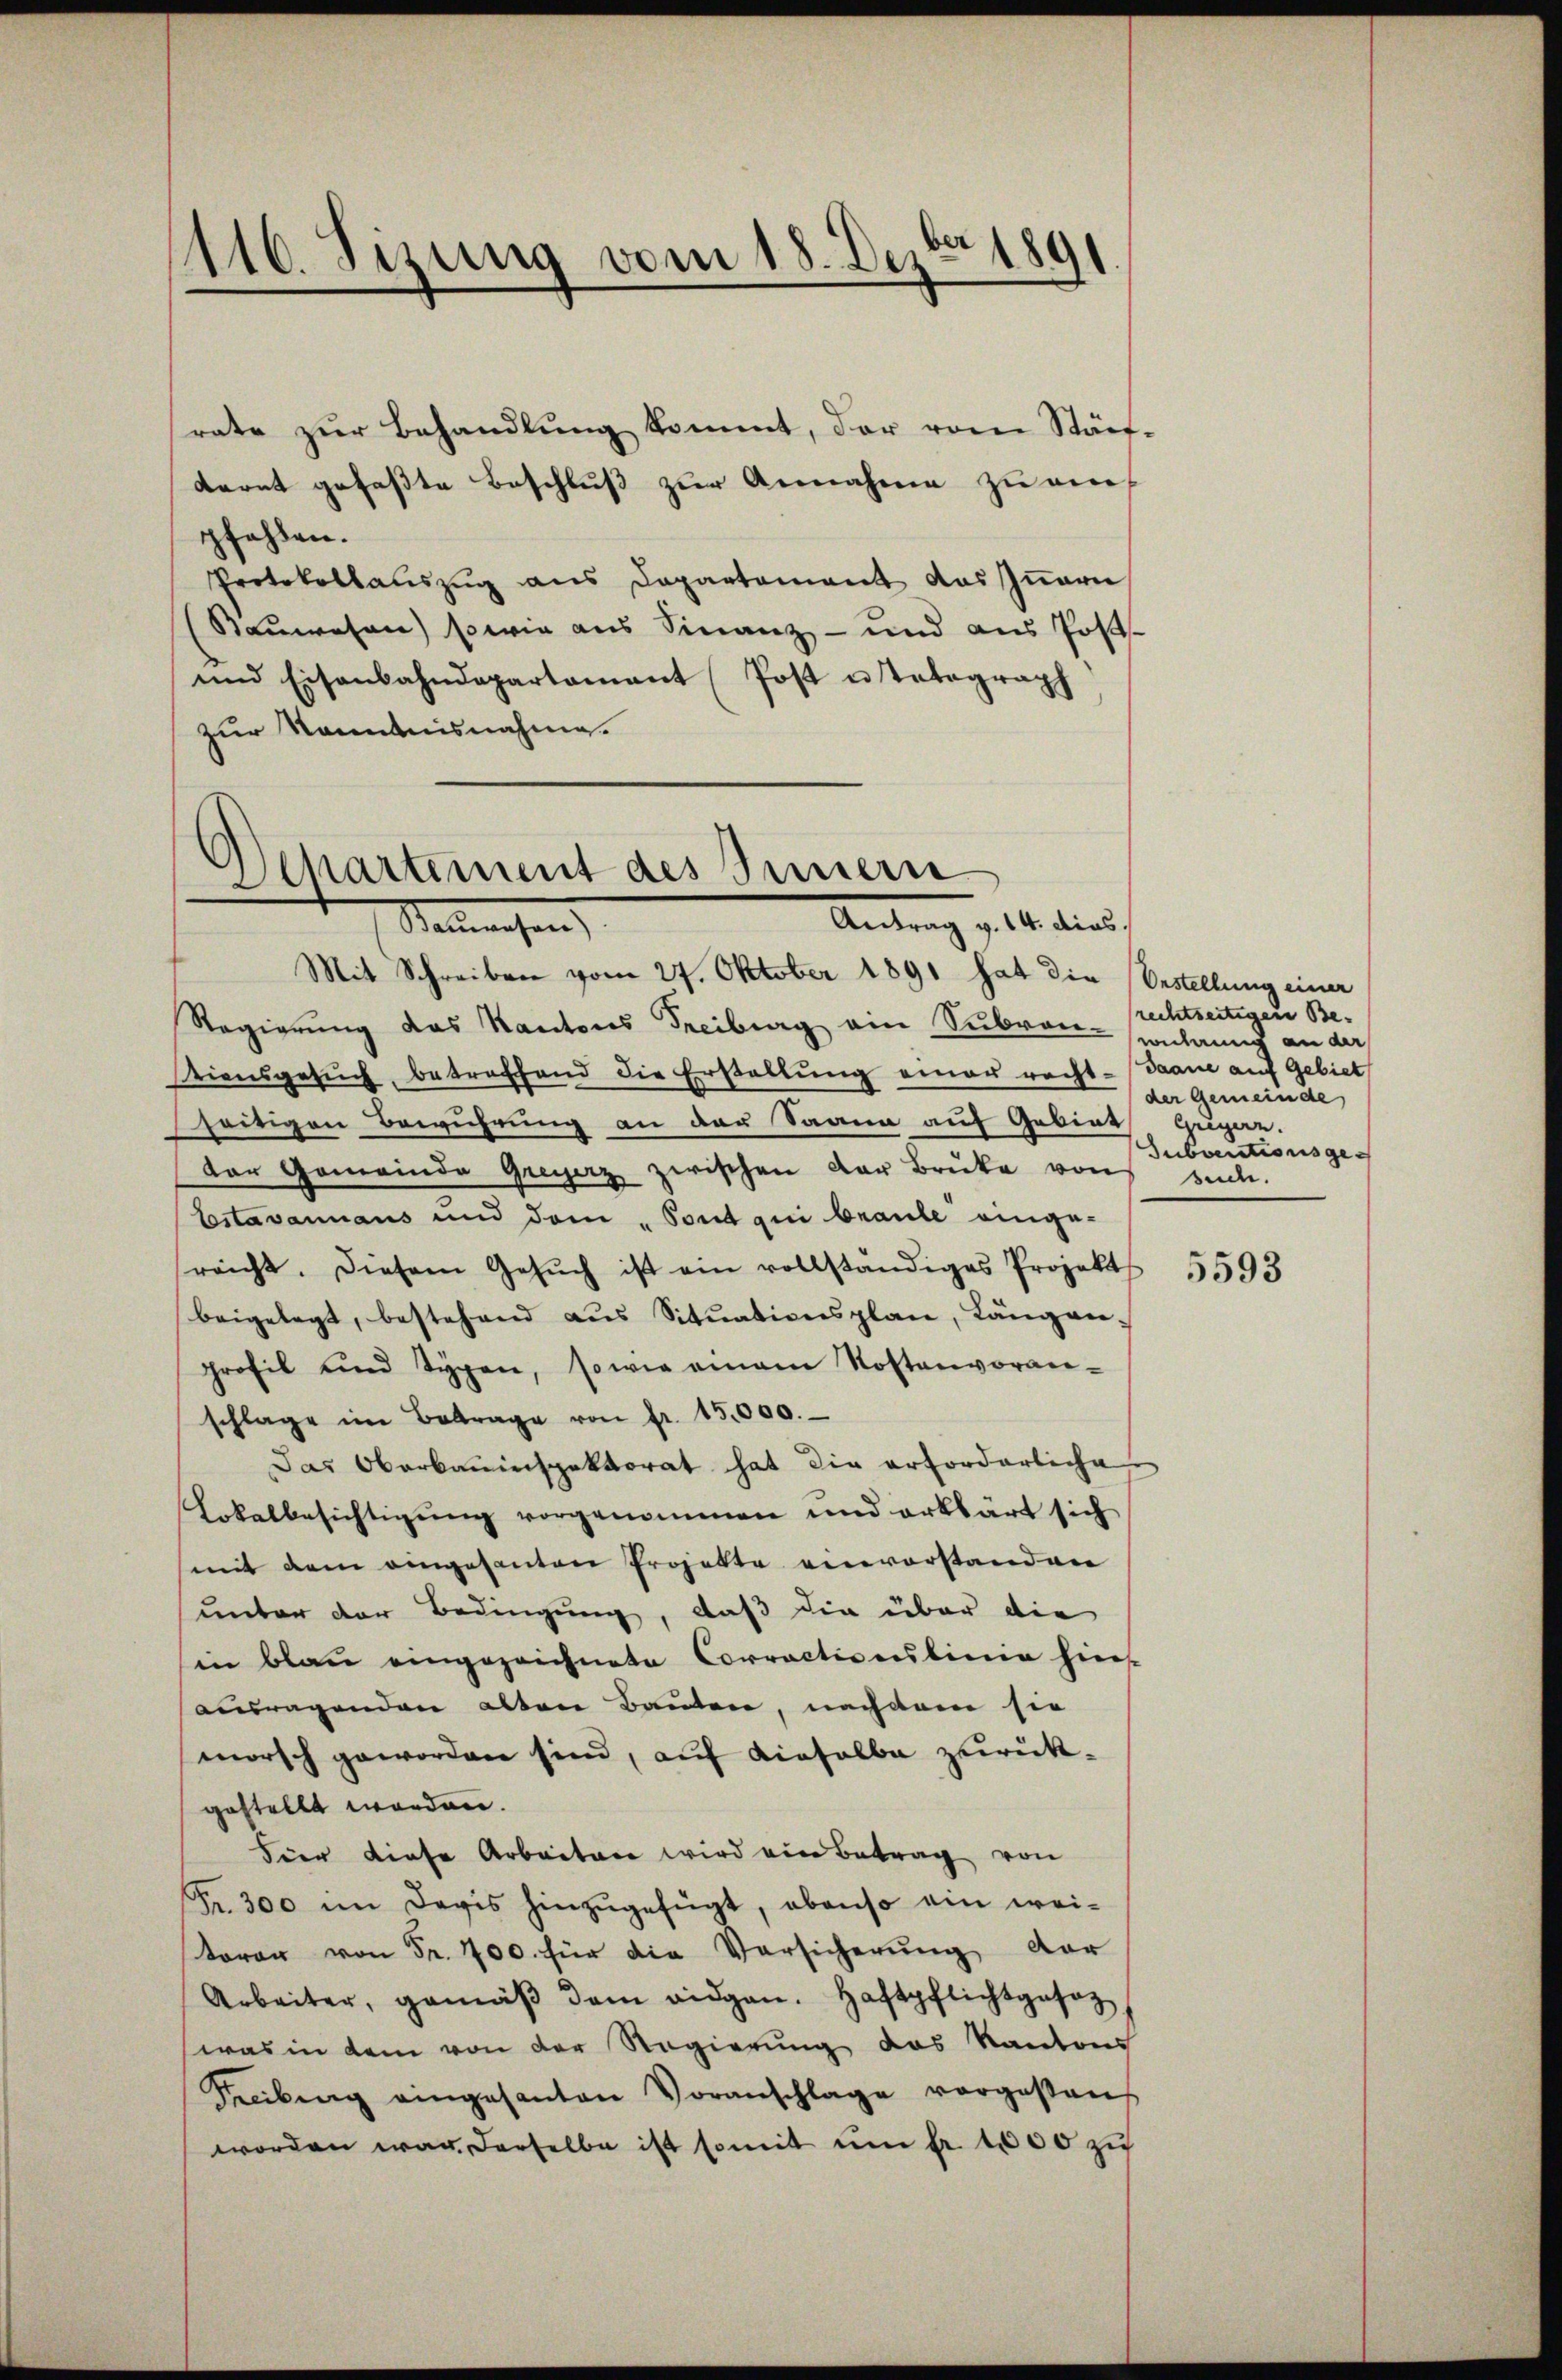
116. Sizung vom 18. Dezbr. 1891

rate zŭr Behandlung kommt, der vom Stäf-
Karnt gefasste Beschluß zur Annahme zu ein
pfehlen.
Protokollauszug aus Departement das Innern
(Baŭwesen) sowie aus Finanz- und aus Posts
und Eisenbahndepartamant Post u Totograph
zur Kenntnisnahme.

Separtiment des Innern
Antrag v. 14. dies
Steinahen

Mit Schreiben vom 27. Oktober 1891 hat die (Oestellung einer
Regierung des Kantons Freiburg ein Subven-
tiensgesŭch, betreffend die Erstellŭng einer recht-Saane auf Gebiet,
seitigen Bewuhrung an der Saann auf Gebiet
Der Gemeinde Greyerz zwischen der Brüke von
Estavannaus und dem „Sont qui braute einge-
sreicht. Diesem Gesŭch ist ein vollständiges Projekt
beigelegt, bestehend aŭs Sitŭationsplan, Längen-
profil und Typen, sowie einem Kostenvoran-
schlage im Betrage von fr. 15,000.
Das Oberbauinspektorat hat die erforderliche
Lokalbesichtigŭng vorgenommen und erklärt sich
(mit dem eingesanten Projekte einvorstanden
unter der Bedingung, daß die über die
sin blau eingezeichnete Corracticulinie hies-
ausragenden alten Bauten, nachdem sie
morsch geworden sind, auf dieselbe zurückgestellt worden.
Fier diese Arbeiten wird ein Betrag von
Fr. 300 im Davis hinzugefügt, obenso ein weitarar von Fr. 700. für die Versicherŭng dar
Arbeiter, gemäβ dem eidgen. Haftpflichtgesez
was in dem von der Regierung des Kantons
Secibung eingesanten Voranschlage vorgestand
worden war derselbe ist somit ŭm fr. 1000 zu

rechtseitigen Be- |
wehrung an der
der Gemeinde
Gugern.
Subventionsge
sude.

5593